Vital statistics of India. Vol. IV, Annual returns from 1871 to 1876. British Army of India, Native Army and jails of Bengal
Year: 1871
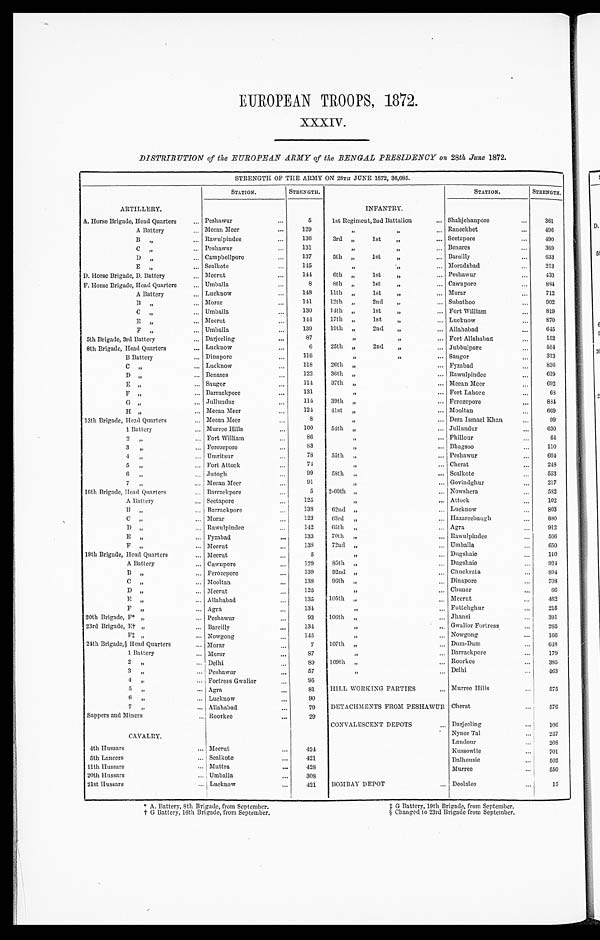
EUROPEAN TROOPS, 1872.
XXXIV.
DISTRIBUTION of the EUROPEAN ARMY of the BENGAL PRESIDENCY on 28th June 1872.
STRENGTH OF THE ARMY ON 28TH JUNE 1872, 36,685.
ARTILLERY.
STATION.
STRENGTH.
INFANTRY.
STATION.
STRENGTH.
A. Horse Brigade, Head Quarters Peshawur
5
1st Regiment, 2nd Battalion
Shahjehanpore
361
A Battery
Meean Meer
129
„ , ,
Raneekhet
4 9 6
B „
Rawulpindee
136
3rd „
1st
„
Seetapore
490
C ,, Peshawur
131
, , , ,
Benares
369
D „
Campbellpore
137
5th „
1st
„
Bareilly
633
E „
Sealkote
1 4 5
, , , , Moradabad
213
D. Horse Brigade, D. Battery
Meerut
1 4 4
6th „
lst
„
Peshawur
433
F. Horse Brigade, Head Quarters
Umballa
8
8th „
lst
„
Cawnpore
884
A Battery
Lucknow
1 4 8 11th „
1st
„
Morar
712
B „
Morar
1 4 1 12th „
2nd
„
Subathoo
902
C „
Umballa
130
14th „
1st
„
Fort William
819
E
, , Meerut
1 4 4 17th „
1st
„
Lucknow
870
F „
Umballa
139
19th,, 2 n d , , Allahabad
645
5th Brigade, 3rd Battery
Darjeeling
8 7
, , , ,
Fort Allahabad
152
8th Brigade, Head Quarters
Lucknow
6
25th „
2nd
„
Jubbulpore
554
B Battery
Dinapore
1 1 6
, , , , Saugor
313
C „
Lucknow
118
26th „
Fyzabad
836
D „
Benares
122
36th
, , Rawulpindee
619
E „
Saugor
1 1 4
37th „
Meean Meer
692
F , ,
Barrackpore
131
, , Fort Lahore
6 8
G , ,
Jullundur
114
39th „
Ferozepore
8 8 4
H „
M e e a n M e e r
1 2 4
4 1 s t , , Mooltan
669
13th Brigade, Head Quarters
Meean Meer
8
, ,
Dera Ismael Khan
99
1 Battery
Murree Hills
100
54th „
Jullundur
630
2 „
Fort William
86
, , Phillour
6 4
3,,
Ferozepore
83
, ,
Bhagsoo
1 1 0
4 „
Umritsur
7 8
55th ,,
Peshawur
6 0 4
5 „
Fort Attock
74
, , Cherat
248
6
, , Jutogh
99
58th „
Sealkote
553
7
, , Meean Meer
91
, ,
Govindghur
217
16th Brigade, Head Quarters
Barrackpore
5
2-60th „
Nowshera
582
A Battery
Seetapore
125
, , Attock
102
B
, , Barrackpore
138
62nd
, , Lucknow
803
C „
Morar
1 2 3
63rd „
Hazareebaugh
880
D
, , Rawulpindee
142
65th „
Agra
912
E „
Fyzabad
133
70th „
Rawulpindee
566
F „
Meerut
138
72nd „
Umballa
650
19th Brigade, Head Quarters
Meerut
5
, ,
D u g s h a i e
110
A Battery
Cawnpore
129
85th „
Dugshaie
924
B „
Ferozepore
139
92nd „
Chuckrata
894
C
, , Mooltan
138
96th „
Dinapore
708
D
, , Meerut
125
,,
Chunar
66
E
, , Allahabad
1 3 5 105th „
Meerut
462
F
, , Agra
134
,,
Futtehghur
215
20th Brigade, F* „
Peshawur
93
106th „
Jhansi
391
23rd Brigade, E† „
Bareilly
134
, ,
G w a l i o r F o r t r e s s
265
F ‡ „ Nowgong
145
,,
Nowgong
166
24th Brigade,§ Head Quarters
Morar
7
107th „
Dmn-Dum
648
1 Battery
Morar
87
,,
Barrackpore
179
2 „
Delhi
89
109th
,, Roorkee
385
3
, , Peshawur
57
,,
Delhi
463
4 „
Fortress Gwalior
95
5 , ,
Agra
8 1 HILL WORKING PARTIES
Murree Hills
575
6 ,,
Lucknow
9 0
7,, Allahabad
79
DETACHMENTS FROM PESHAWUR Cherat
576
Sappers and Miners
Roorkee
2 9
CONVALESCENT DEPOTS
Darjeeling
106
CAVALRY.
Nynee Tal
257
Landour
2 0 8
4th Hussars
Meerut
4 2 4
Kussowlie
701
5th Lancers
Sealkote
421
Dalhousie
502
llth Hussars
Muttra
428
Murree
5 5 0
20th Hussars
Umballa
308
21st Hussars
Lucknow
,
421
BOMBAY DEPOT
Deolalee
15
* A. Battery, 8th Brigade, from September.
‡ G Battery, 19th Brigade, from September.
† G Battery, 16th Brigade, from September. § Changed to 23rd Brigade from September.